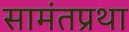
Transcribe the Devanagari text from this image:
सामंतप्रथा